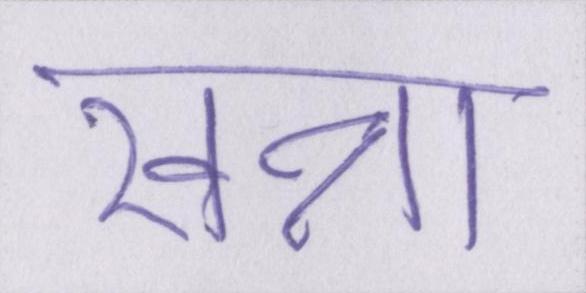
खन्ना